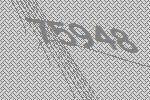
75948